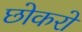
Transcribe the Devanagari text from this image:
छोकरो